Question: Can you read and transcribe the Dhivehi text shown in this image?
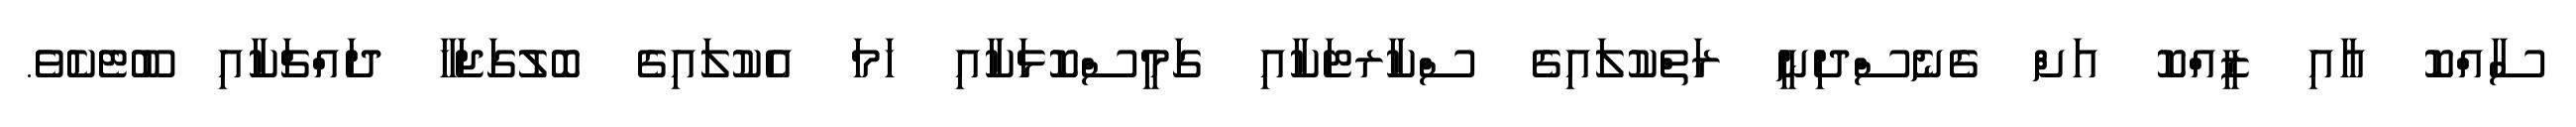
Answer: ސާއްކޮ އާއި ޒީއްކޮ އަށް ގެނެސްދިނީ ރަތްކުލައިގެ ސްކާރޓަކާއި ގަމީސްކޮޅަކާއި ހަމަ އެކުލައިގެ ބޮލުގަޖަހާ ދައްޗަކާއި ބޫޓެކެވެ.